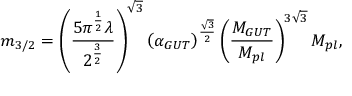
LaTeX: m _ { 3 / 2 } = \left( \frac { 5 \pi ^ { \frac { 1 } { 2 } } \lambda } { 2 ^ { \frac { 3 } { 2 } } } \right) ^ { \sqrt 3 } \left( \alpha _ { G U T } \right) ^ { \frac { \sqrt 3 } { 2 } } \left( \frac { M _ { G U T } } { M _ { p l } } \right) ^ { 3 \sqrt 3 } M _ { p l } ,